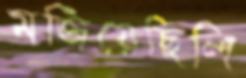
মজিয়েছিলি